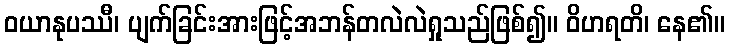
ဝယာနုပဿီ၊ ပျက်ခြင်းအားဖြင့်အဘန်တလဲလဲရှုသည်ဖြစ်၍။ ဝိဟရတိ၊ နေ၏။